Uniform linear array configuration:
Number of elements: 32
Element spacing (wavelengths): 0.5
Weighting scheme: exponential
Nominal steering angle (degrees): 45
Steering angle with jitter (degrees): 44.27
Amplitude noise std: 0.05
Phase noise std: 0.05

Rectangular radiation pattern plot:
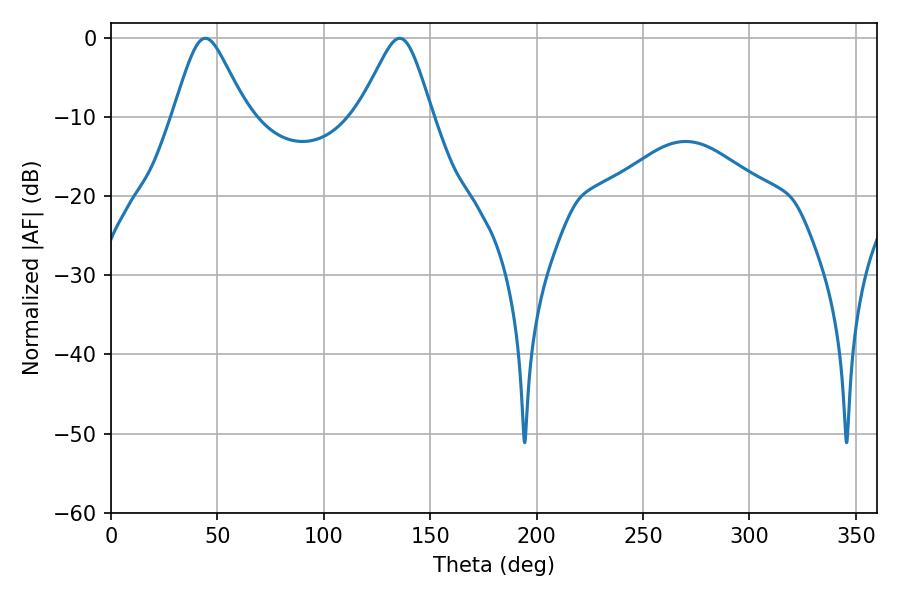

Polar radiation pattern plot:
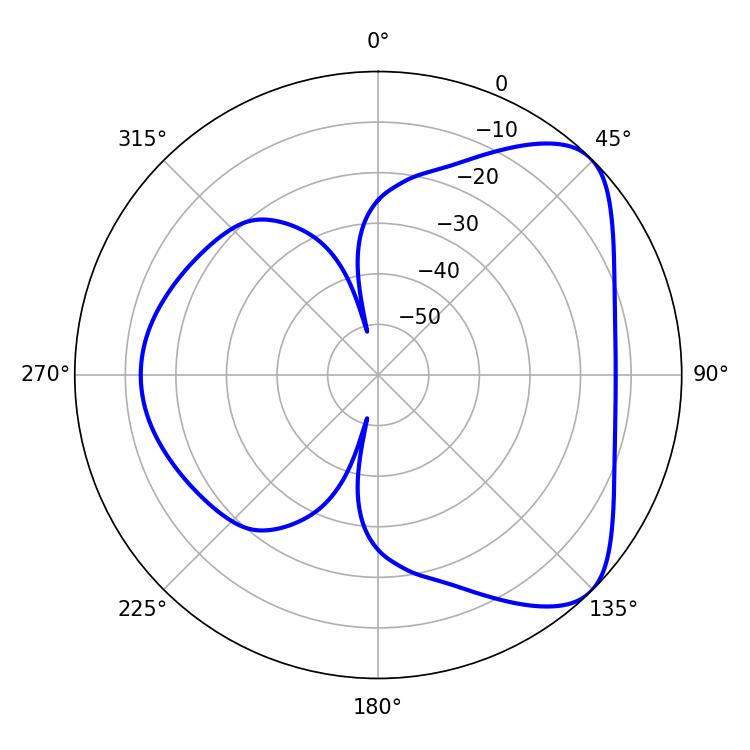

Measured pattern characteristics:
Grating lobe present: FALSE
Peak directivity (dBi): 6.126
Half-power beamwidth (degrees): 16.56
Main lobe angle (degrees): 44.28